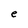
Character: e